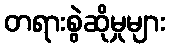
တရားစွဲဆိုမှုများ